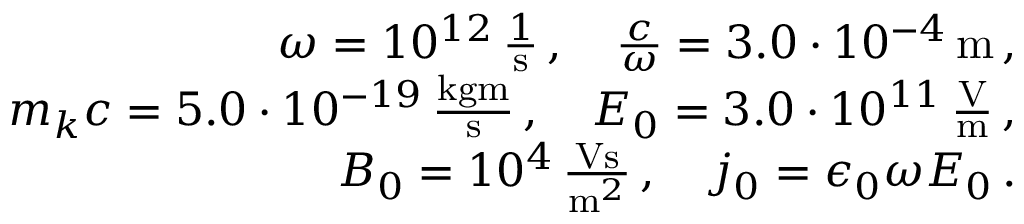
\begin{array} { r l r } & { } & { \omega = 1 0 ^ { 1 2 } \, \frac { 1 } { \mathrm { s } } \, , \quad \frac { c } { \omega } = 3 . 0 \cdot 1 0 ^ { - 4 } \, \mathrm { m } \, , } \\ & { } & { m _ { k } c = 5 . 0 \cdot 1 0 ^ { - 1 9 } \, \frac { \mathrm { k g m } } { \mathrm { s } } \, , \quad E _ { 0 } = 3 . 0 \cdot 1 0 ^ { 1 1 } \, \frac { \mathrm { V } } { \mathrm { m } } \, , } \\ & { } & { B _ { 0 } = 1 0 ^ { 4 } \, \frac { \mathrm { V s } } { \mathrm { m } ^ { 2 } } \, , \quad j _ { 0 } = \epsilon _ { 0 } \omega E _ { 0 } \, . } \end{array}